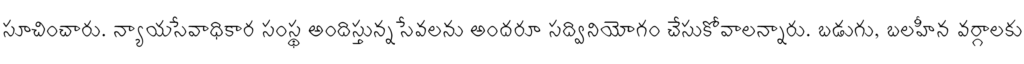
సూచించారు. న్యాయసేవాధికార సంస్థ అందిస్తున్న సేవలను అందరూ సద్వినియోగం చేసుకోవాలన్నారు. బడుగు, బలహీన వర్గాలకు